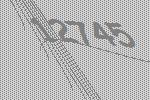
12745